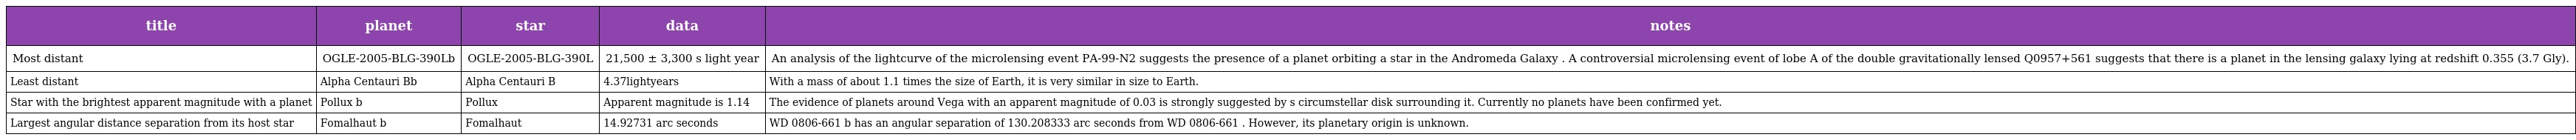
| title | planet | star | data | notes |
 | --- | --- | --- | --- | --- |
 | Most distant | OGLE-2005-BLG-390Lb | OGLE-2005-BLG-390L | 21,500 ± 3,300 s light year | An analysis of the lightcurve of the microlensing event PA-99-N2 suggests the presence of a planet orbiting a star in the Andromeda Galaxy . A controversial microlensing event of lobe A of the double gravitationally lensed Q0957+561 suggests that there is a planet in the lensing galaxy lying at redshift 0.355 (3.7 Gly). |
 | Least distant | Alpha Centauri Bb | Alpha Centauri B | 4.37lightyears | With a mass of about 1.1 times the size of Earth, it is very similar in size to Earth. |
 | Star with the brightest apparent magnitude with a planet | Pollux b | Pollux | Apparent magnitude is 1.14 | The evidence of planets around Vega with an apparent magnitude of 0.03 is strongly suggested by s circumstellar disk surrounding it. Currently no planets have been confirmed yet. |
 | Largest angular distance separation from its host star | Fomalhaut b | Fomalhaut | 14.92731 arc seconds | WD 0806-661 b has an angular separation of 130.208333 arc seconds from WD 0806-661 . However, its planetary origin is unknown. |